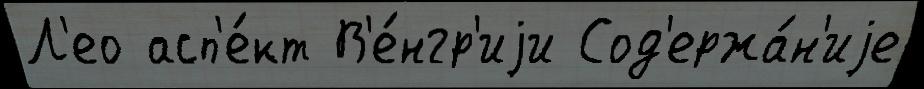
Л'ео асп'е́кт В'е́нгр'иjи Сод'ержа́н'иjе